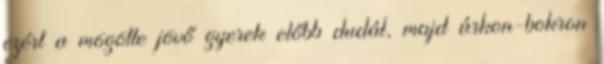
ezért a mögötte jövő gyerek előbb dudál, majd árkon-bokron